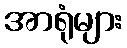
အာရုံများ